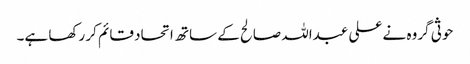
حوثی گروہ نے علی عبداللہ صالح کے ساتھ اتحاد قائم کر رکھا ہے۔